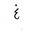
Letter: _gayn